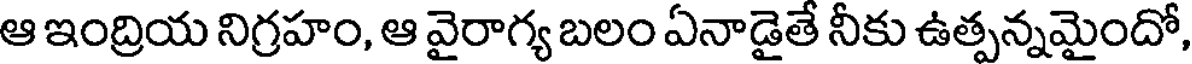
ఆ ఇంద్రియ నిగ్రహం, ఆ వైరాగ్య బలం ఏనాడైతే నీకు ఉత్పన్నమైందో